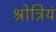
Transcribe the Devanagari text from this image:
श्रोत्रियं